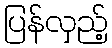
ပြန်လှည့်